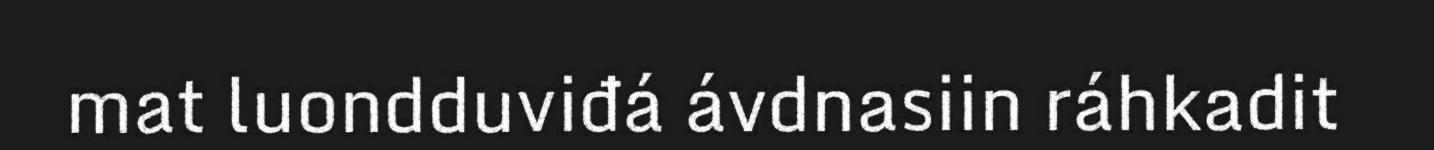
mat luondduviđá ávdnasiin ráhkadit